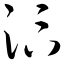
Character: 汴